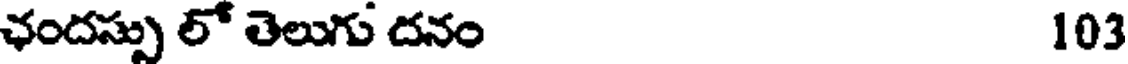
ఛందస్సు లో తెలుగు దనం 103